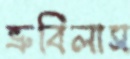
ভ্রুবিলাস